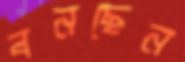
বনছেন